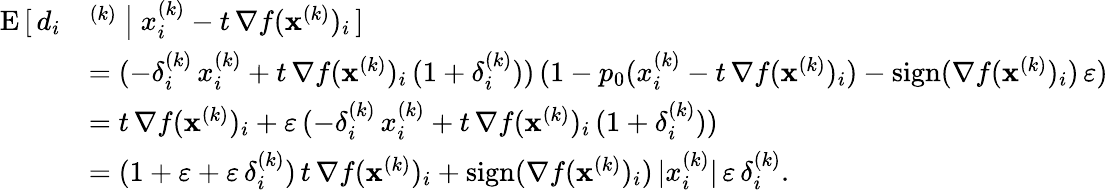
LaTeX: \begin{array}{rl}{\mathrm{E}\, [\, d_{i}}&{^{(k)}\ \big\vert\ x_{i}^{(k)}-t\, \nabla f(\mathbf{x}^{(k)})_{i}\, ]}\\ &{=(-\delta_{i}^{(k)}\, x_{i}^{(k)}+t\, \nabla f(\mathbf{x}^{(k)})_{i}\, (1+\delta_{i}^{(k)}))\, (1-p_{0}(x_{i}^{(k)}-t\, \nabla f(\mathbf{x}^{(k)})_{i})-\mathrm{sign}(\nabla f(\mathbf{x}^{(k)})_{i})\, \varepsilon)}\\ &{=t\, \nabla f(\mathbf{x}^{(k)})_{i}+\varepsilon\, (-\delta_{i}^{(k)}\, x_{i}^{(k)}+t\, \nabla f(\mathbf{x}^{(k)})_{i}\, (1+\delta_{i}^{(k)}))}\\ &{=(1+\varepsilon+\varepsilon\, \delta_{i}^{(k)})\, t\, \nabla f(\mathbf{x}^{(k)})_{i}+\mathrm{sign}(\nabla f(\mathbf{x}^{(k)})_{i})\, \vert x_{i}^{(k)}\vert\, \varepsilon\, \delta_{i}^{(k)}.}\end{array}